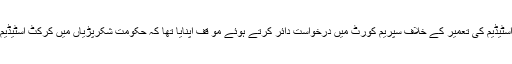
یاد رہئے سابق بیورو کریٹ روئیداد خان نے شکر پڑیاں میں کرکٹ اسٹیڈیم کی تعمیر کے خلاف سپریم کورٹ میں درخواست دائر کرتے ہوئے مو قف اپنایا تھا کہ حکومت شکرپڑیاں میں کرکٹ اسٹیڈیم اور فائیو اسٹار ہوٹل بناناچاہتی ہے جس سے آلودگی میں اضافہ ہوگا۔